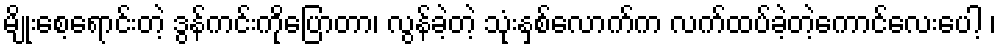
မျိုးစေ့ရောင်းတဲ့ ဒွန်ကင်းကိုပြောတာ၊ လွန်ခဲ့တဲ့ သုံးနှစ်လောက်က လက်ထပ်ခဲ့တဲ့ကောင်လေးပေါ့ ၊